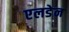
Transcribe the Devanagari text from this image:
एलडेन